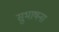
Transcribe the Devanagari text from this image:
सुभाषना